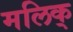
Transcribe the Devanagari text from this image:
मलिक्